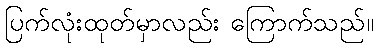
ပြက်လုံးထုတ်မှာလည်း ကြောက်သည်။